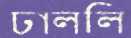
ঢাললি